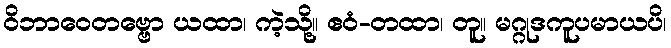
ဝိဘာဝေတဗ္ဗော ယထာ၊ ကဲ့သို့။ ဧဝံ-တထာ၊ တူ။ မဂ္ဂုဒကူပမာယပိ၊